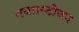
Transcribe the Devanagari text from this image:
गया।स्टीवन